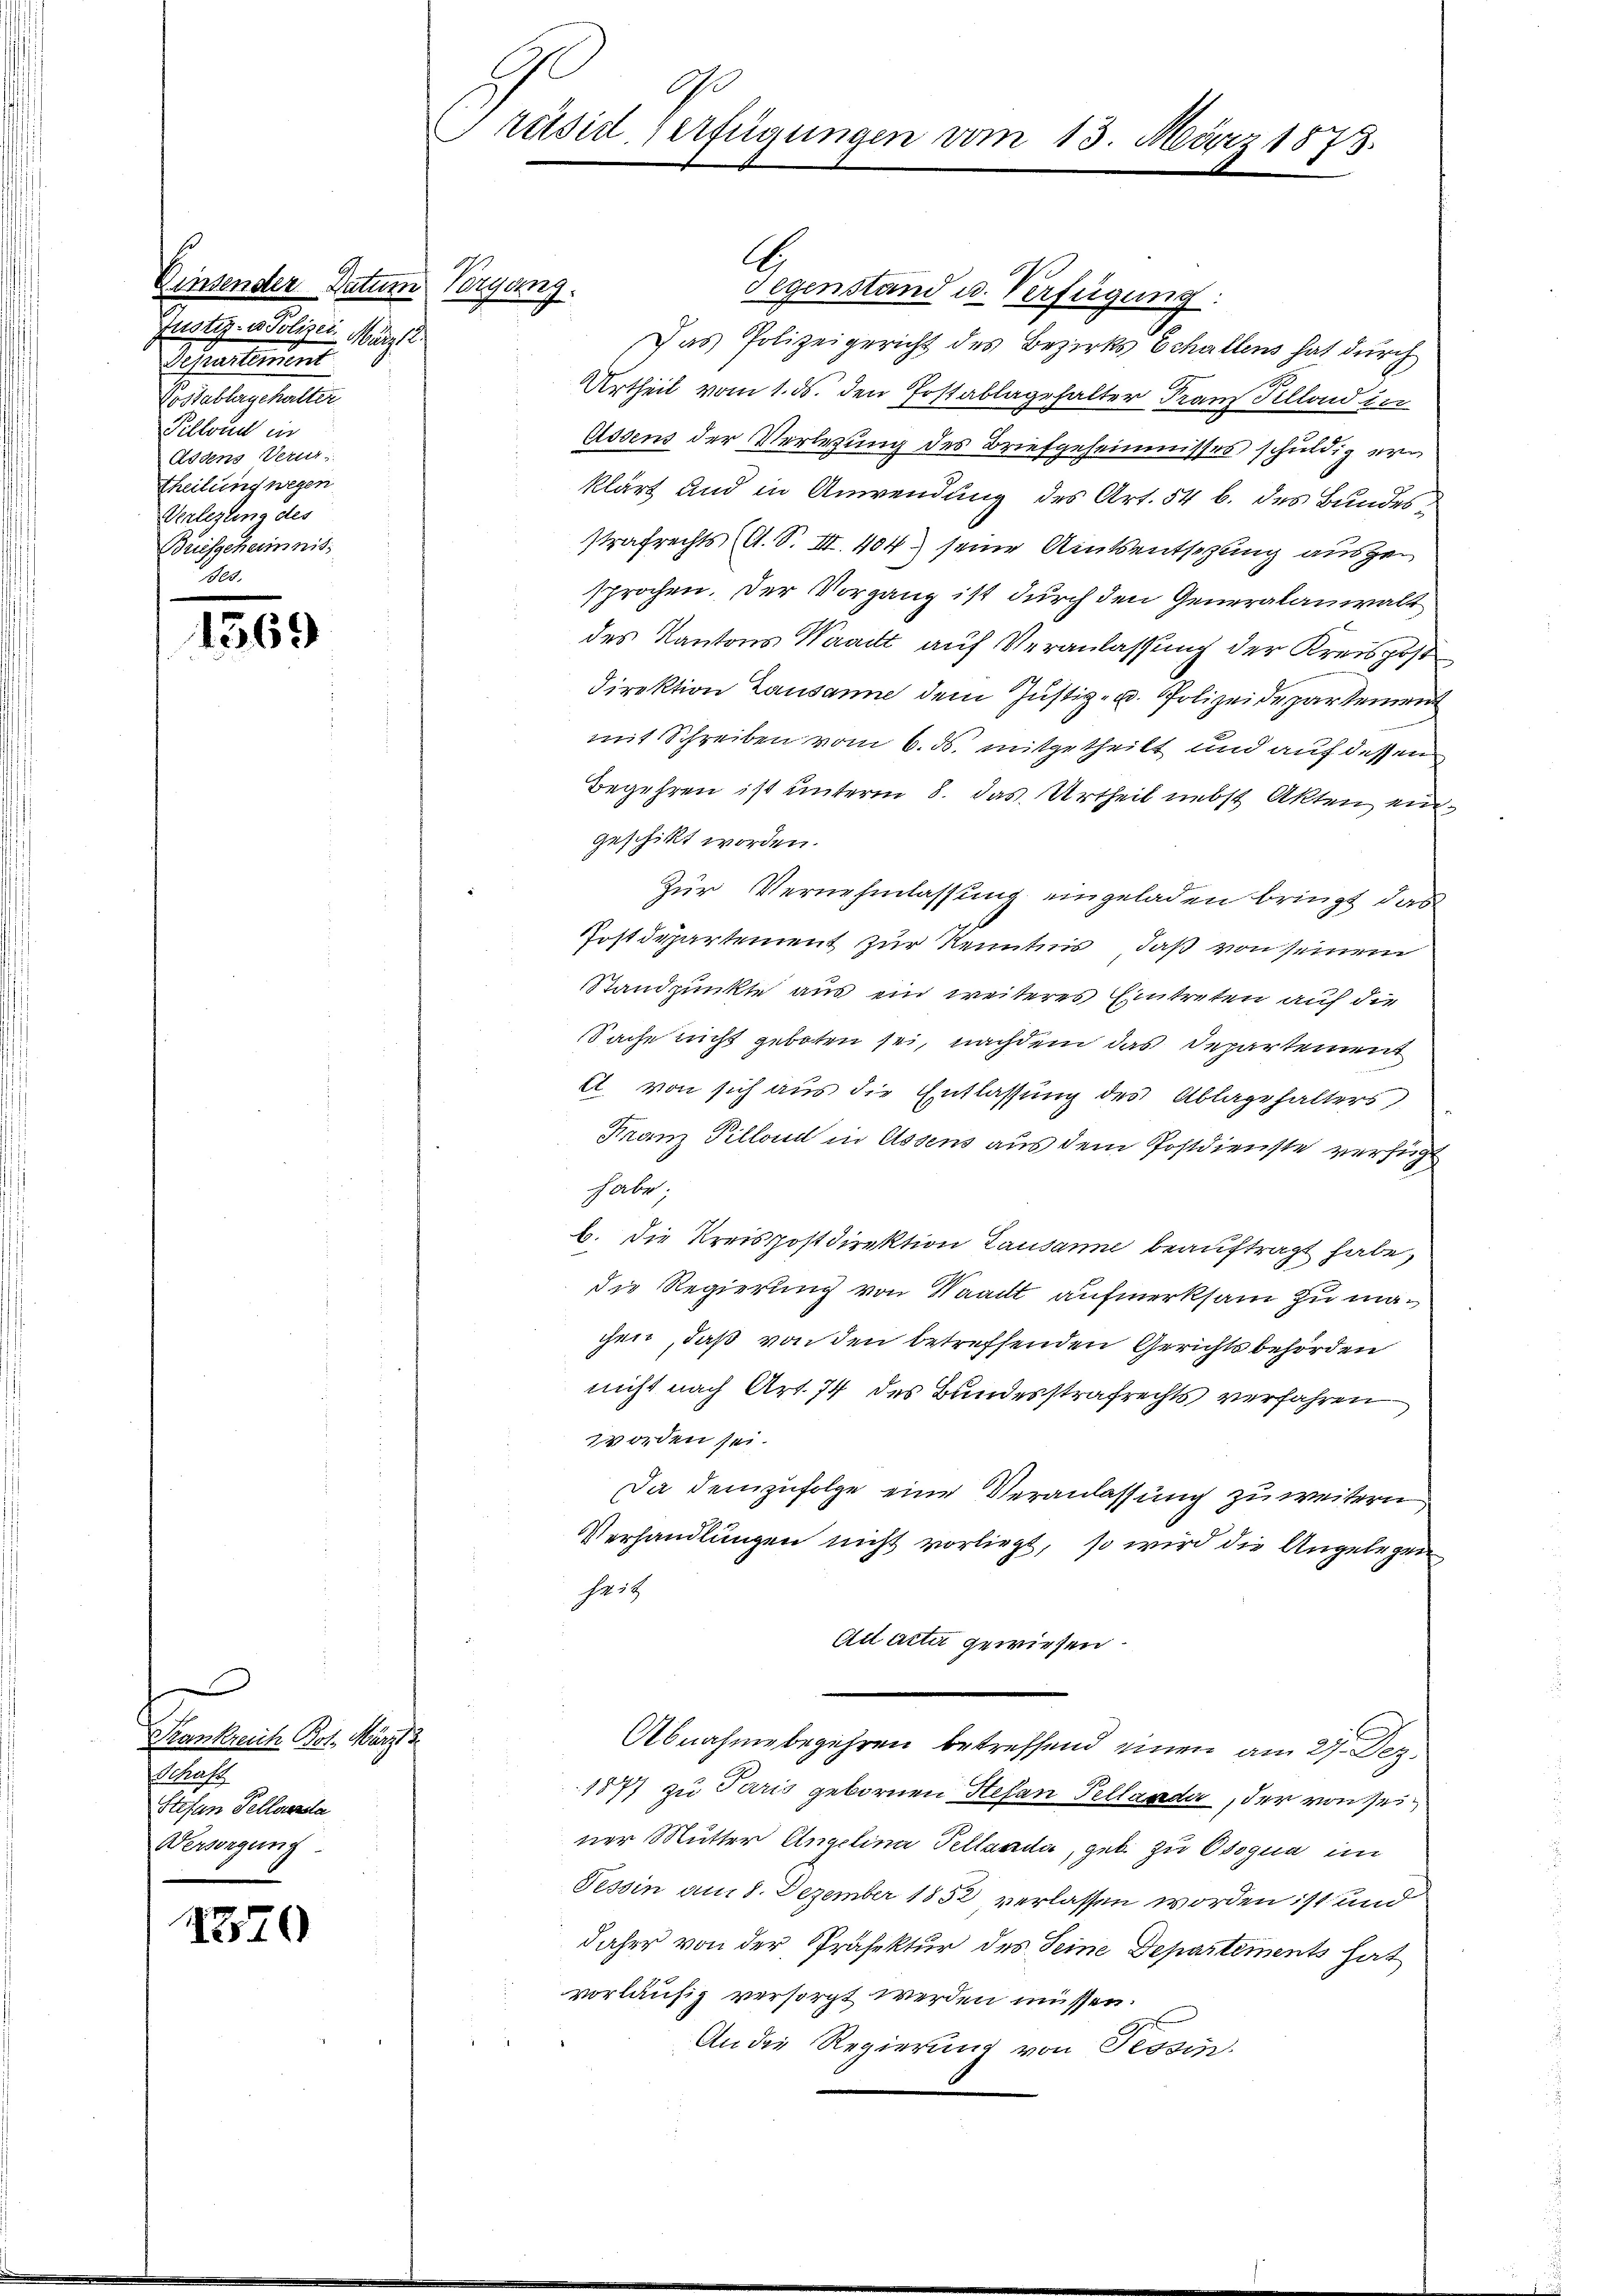
Einsender Datum Vorgang.
Justiz- u Polizei, März 2.
Scheinunt
Vosabbergehalter
Pillend in
Addens Verur
theilung wegen
Verlegung des
Briefgeheimnis

1369

e
Krankreich Bot. März 3
Schaft
Stefan Tellverda
Versorgung

1320

G
rätsid verfügungen vom 13. März 1873.

Gegenstand u. Verfügung
Das Polizeigericht des Bezirks Echallens hat durch
Urtheil vom 1. ds. den Postablagehalter Franz Pillond der
Assens der Verlung des Briefgeheimnisses schuldig erklärt und in Anwendung des Art. 54 b. des Bundesstrafrechts (A. S. III. 404) seine Amtsentsetzung ausgesprochen. Der Vorgang ist durch den Generalanwalt
des Kantons Waadt auf Veranlassung der Kreispost
Direktion Lausanne dem Justiz- u. Polizeide partement
mit Schreiben vom 6. ds. mitgetheilt und auf dessen
Begehren ist unterm 8. das Urtheil nebst Akten eingeschickt worden.
Zur Vernehmlassung eingeladen bringt das
Postdepartement zur Kenntnis, daß von seinem
Standpunkte aus ein weiteres Eintreten auf die
Sache nicht geboten sei, nachdem das Departement
A. von sich aus die Entlassung des Ablagehalters
Franz Pillend in Assens aus dem Postdienste verfügt
habe.
b. Die Kreispostdirektion Lausanne beauftragt habe,
die Regierung von Waadt aufmerksam zu machen, daß von den betreffenden Gerichtsbehörden
nicht nach Art. 74 des Bundesstrafrechts verfahren
worden sei.
Da demzufolge eine Veranlassung zu weitern
Verhandlungen nicht vorliegt, so wird die Angelegen
Nr. 18
Au acta gewiesen.
Abnahme begehren betreffend einen am 27. Dez.
1877 zu Paris gebornen Hefan Pelland, der von seiner Mutter Angelina Pellanda, geb. zu Osoqua im
Tessin am 8. Dezember 1832 verlassen worden ist und
daher von der Präfektur des Seine Departements hat
vorläufig versorgt werden müssen.
.
An die Regierung von Tessin.